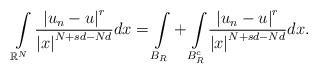
LaTeX: \begin{align*}\int\limits_{\mathbb{R}^{N}}\frac{\left\vert u_{n}-u\right\vert ^{r}}{\left\vert x\right\vert^{N+sd-Nd}}dx={\displaystyle\int\limits_{B_{R}}}+{\displaystyle\int\limits_{B_{R}^{c}}}\frac{\left\vert u_{n}-u\right\vert ^{r}}{\left\vert x\right\vert ^{N+sd-Nd}}dx.\end{align*}